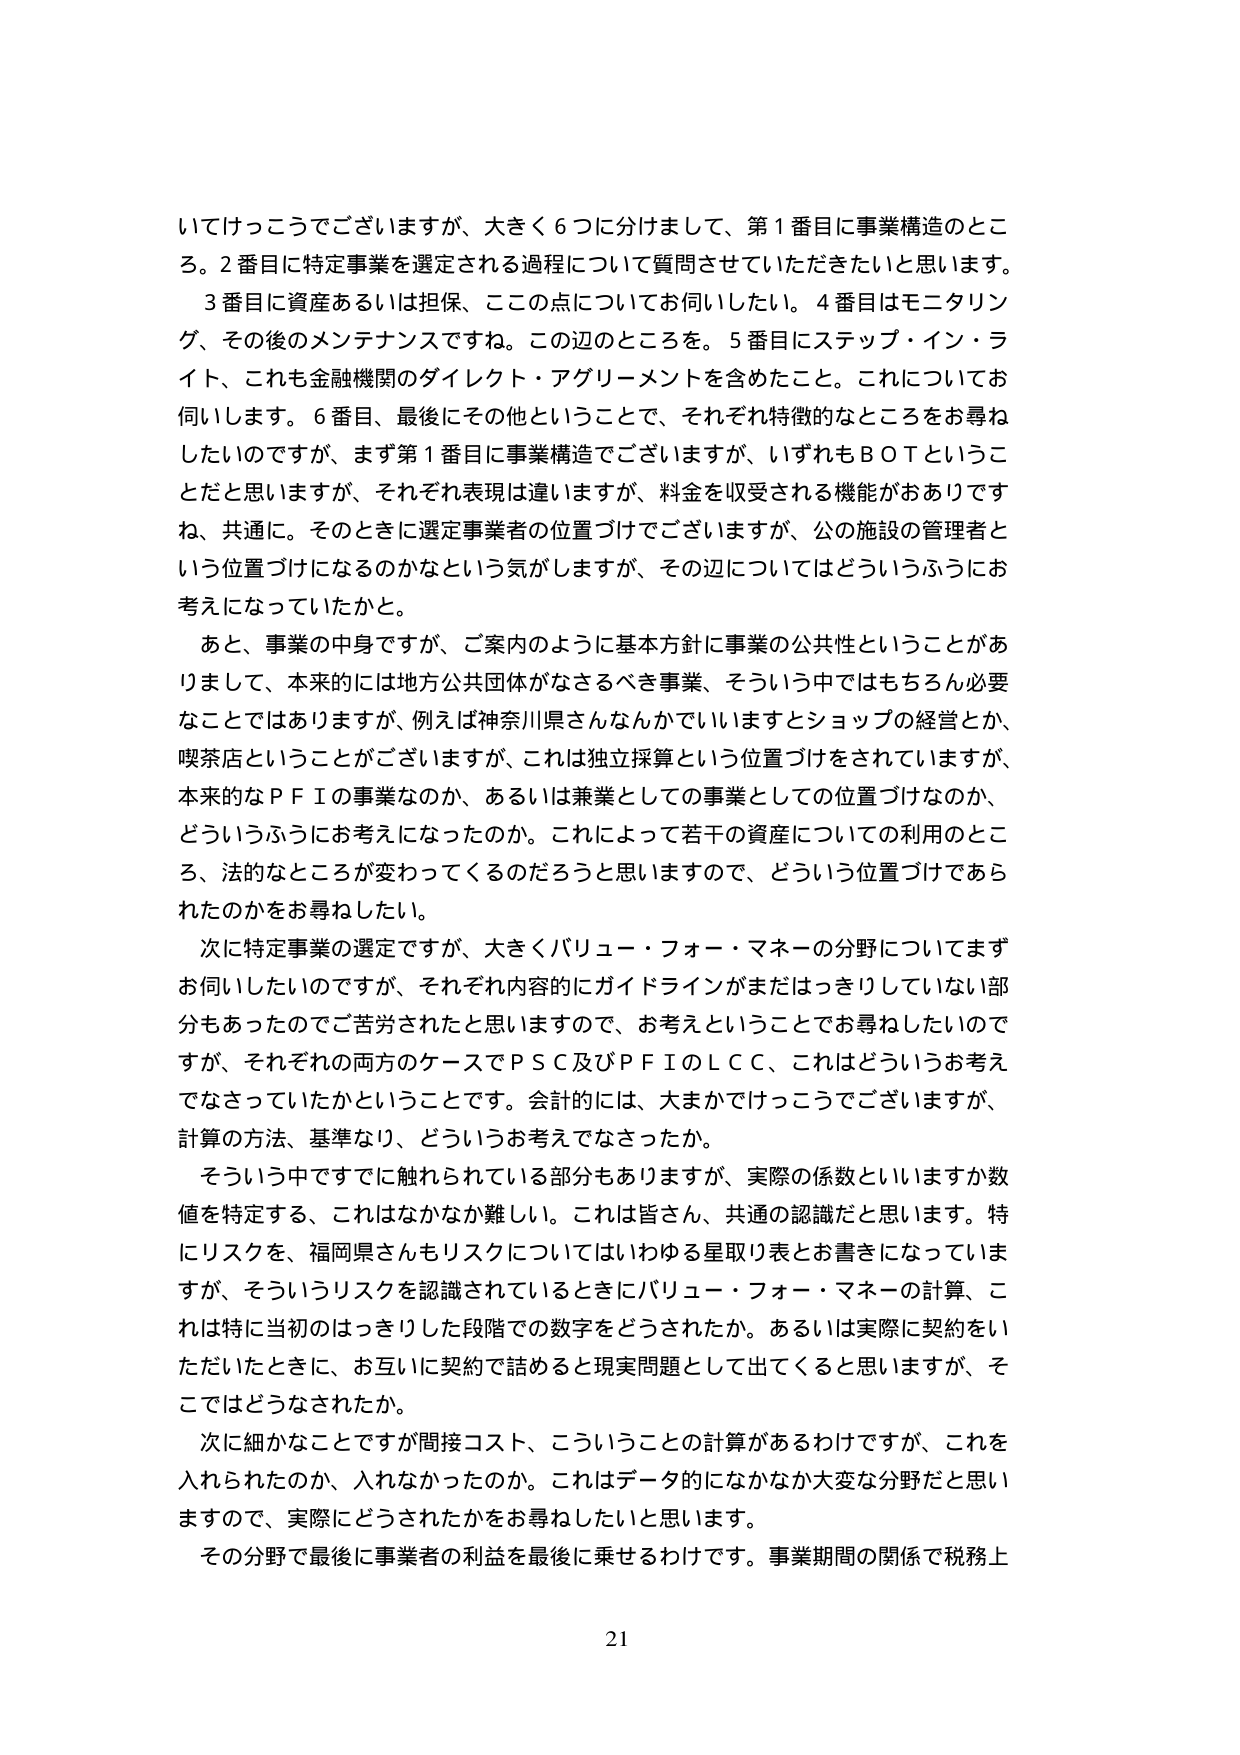
いてけっこうでございますが、大きく６つに分けまして、第１番目に事業構造のところ。２番目に特定事業を選定される過程について質問させていただきたいと思います。
３番目に資産あるいは担保、この点についてお伺いしたい。４番目はモニタリング、その後のメンテナンスですね。この辺のところを。５番目にステップ・イン・ライト、これも金融機関のダイレクト・アグリーメントを含めたこと。これについてお伺いします。６番目、最後にその他ということで、それぞれ特徴的なところをお尋ねしたいのですが、まず第１番目に事業構造でございますが、いずれもＢＯＴということだと思いますが、それぞれ表現は違いますが、料金を収受される機能がおありですね、共通に。そのときに選定事業者の位置づけでございますが、公の施設の管理者という位置づけになるのかなという気がしますが、その辺についてはどういうふうにお考えになっていたかと。
あと、事業の中身ですが、ご案内のように基本方針に事業の公共性ということがありまして、本来的には地方公共団体がなさるべき事業、そういう中ではもちろん必要なことではありますますが、例えば神奈川県さんなんかでいいますとショップの経営とか、喫茶店ということがございますが、これは独立採算という位置づけをされていますが、本来的なＰＦＩの事業なのか、あるいは兼業としての事業としての位置づけなのか、どういうふうにお考えになったのか。これによって若干の資産についての利用のところ、法的なところが変わってくるのだろうと思いますので、どういう位置づけであられたのかをお尋ねしたい。
次に特定事業の選定ですが、大きくバリュー・フォー・マネーの分野についてまずお伺いしたいのですが、それぞれ内容的にガイドラインがまだはっきりしていない部分もあったのでご苦労されたと思いますので、お考えということでお尋ねしたいのですが、それぞれの両方のケースでＰＳＣ及びＰＦＩのＬＣＣ、これはどういうお考えでなさっていたかということです。会計的には、大まかでけっこうでございますが、計算の方法、基準なり、どういうお考えでなさったか。
そういう中ですでに触れられている部分もありますが、実際の係数といいますか数値を特定する、これはなかなか難しい。これは皆さん、共通の認識だと思います。特にリスクを、福岡県さんもリスクについてはいわゆる星取り表とお書きになっていますが、そういうリスクを認識されているときにバリュー・フォー・マネーの計算、これは特に当初のはっきりした段階での数字をどうされたか。あるいは実際に契約をいただいたときに、お互いに契約で詰めると現実問題として出てくると思いますが、そこではどうなされたか。
次に細かなことですが間接コスト、こういうことの計算があるわけですが、これを入れられたのか、入れなかったのか。これはデータ的になかなか大変な分野だと思いますので、実際にどうされたかをお尋ねしたいと思います。
その分野で最後に事業者の利益を最後に乗せるわけです。事業期間の関係で税務上
21